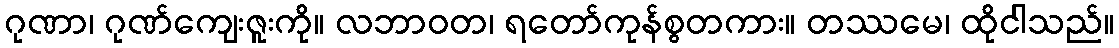
ဂုဏာ၊ ဂုဏ်ကျေးဇူးကို။ လဘာဝတ၊ ရတော်ကုန်စွတကား။ တဿမေ၊ ထိုငါသည်။